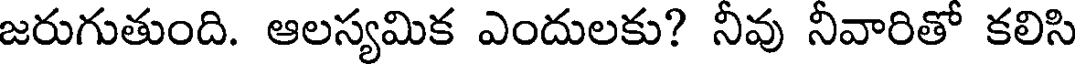
జరుగుతుంది. ఆలస్యమిక ఎందులకు? నీవు నీవారితో కలిసి